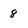
Character: 8